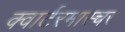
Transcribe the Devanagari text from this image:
क्वार्टरमास्चर